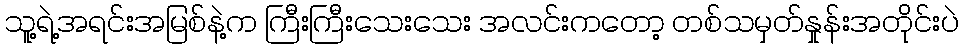
သူ့ရဲ့အရင်းအမြစ်နဲ့က ကြီးကြီးသေးသေး အလင်းကတော့ တစ်သမှတ်နှုန်းအတိုင်းပဲ